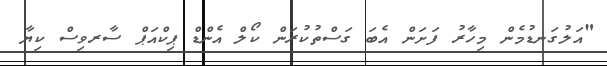
"އަލުގަނޑުމެން މިހާރު ފަށަން އެބަ ގަސްތުކުރަން ކޯލް އެންޑް ޕިކްއަޕް ސާރވިސް ކިޔާ